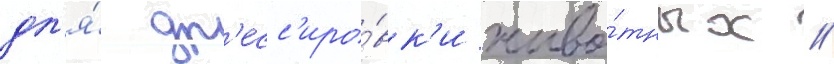
дл'я́ др'есс'иро́вк'и живо́тных //